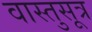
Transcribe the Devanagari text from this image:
वास्तुसूत्र